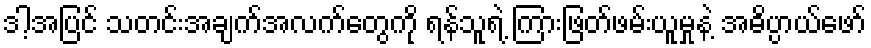
ဒါ့အပြင် သတင်းအချက်အလက်တွေကို ရန်သူရဲ့ ကြားဖြတ်ဖမ်းယူမှုနဲ့ အဓိပ္ပာယ်ဖော်